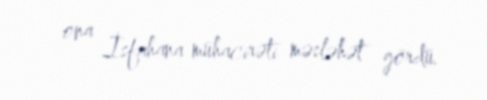
ona İsfahana mühacirəti məsləhət gördü.